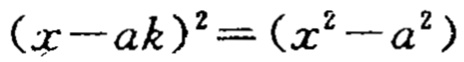
\((x - ak)^2 = (x^{2}-a^{2})\)